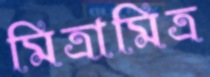
মিত্রামিত্র